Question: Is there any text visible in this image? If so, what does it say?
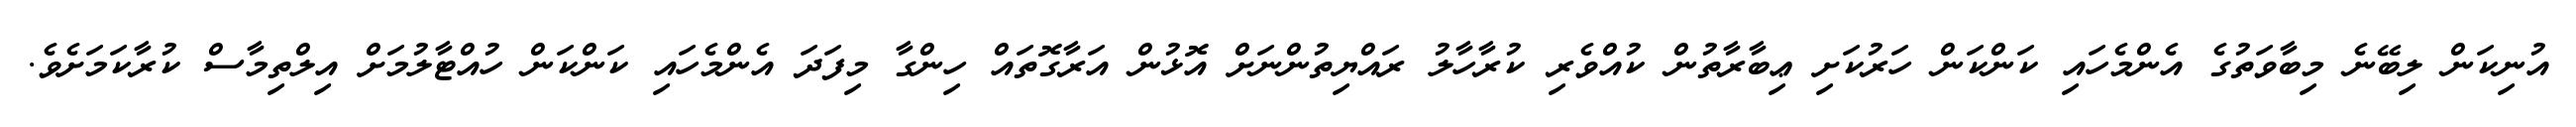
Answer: އުނިކަން ލިބޭނެ މިބާވަތުގެ އެންމެހައި ކަންކަން ހަރުކަށި ޢިބާރާތުން ކުއްވެރި ކުރާހާލު ރައްޔިތުންނަށް އޮޅުން އަރާގޮތައް ހިންގާ މިފަދަ އެންމެހައި ކަންކަން ހުއްޓާލުމަށް އިލްތިމާސް ކުރާކަމަށެވެ.